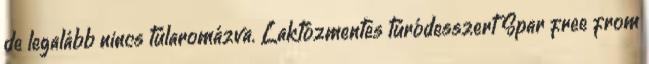
de legalább nincs túlaromázva. Laktózmentes túródesszert Spar free from